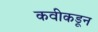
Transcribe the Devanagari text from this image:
कवीकडून